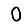
Digit: 0